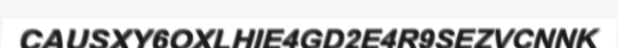
CAUSXY6OXLHIE4GD2E4R9SEZVCNNK